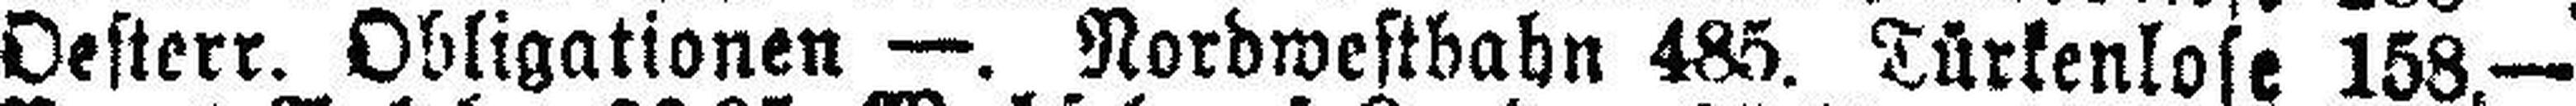
Oesterr. Obligationen —. Nordwestbahn 485. Türkenlose 158.—